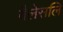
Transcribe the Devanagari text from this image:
वैलेसलि